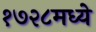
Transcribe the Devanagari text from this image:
१७२८मध्ये